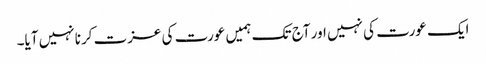
ایک عورت کی نہیں اور آج تک ہمیں عورت کی عزت کرنا نہیں آیا۔